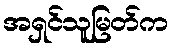
အရှင်သူမြတ်က